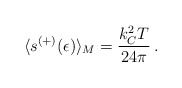
\begin{align*} \langle s^{(+)}(\epsilon)\rangle_M = \frac{k^2_C T}{24 \pi} \,{.}\end{align*}